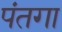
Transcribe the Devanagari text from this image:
पंतगा